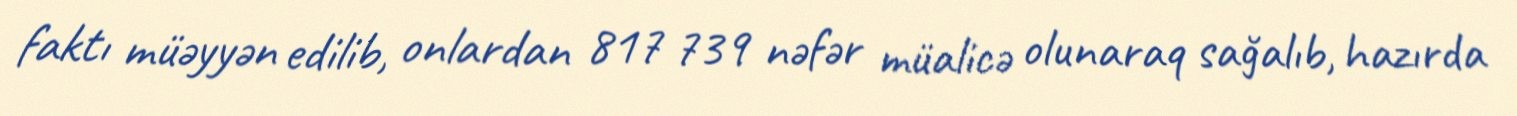
faktı müəyyən edilib, onlardan 817 739 nəfər müalicə olunaraq sağalıb, hazırda